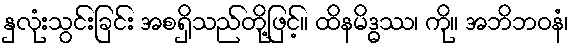
နှလုံးသွင်းခြင်း အစရှိသည်တို့ဖြင့်။ ထိနမိဒ္ဓဿ၊ ကို။ အဘိဘဝနံ၊